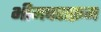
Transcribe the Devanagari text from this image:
भीमपराक्रम